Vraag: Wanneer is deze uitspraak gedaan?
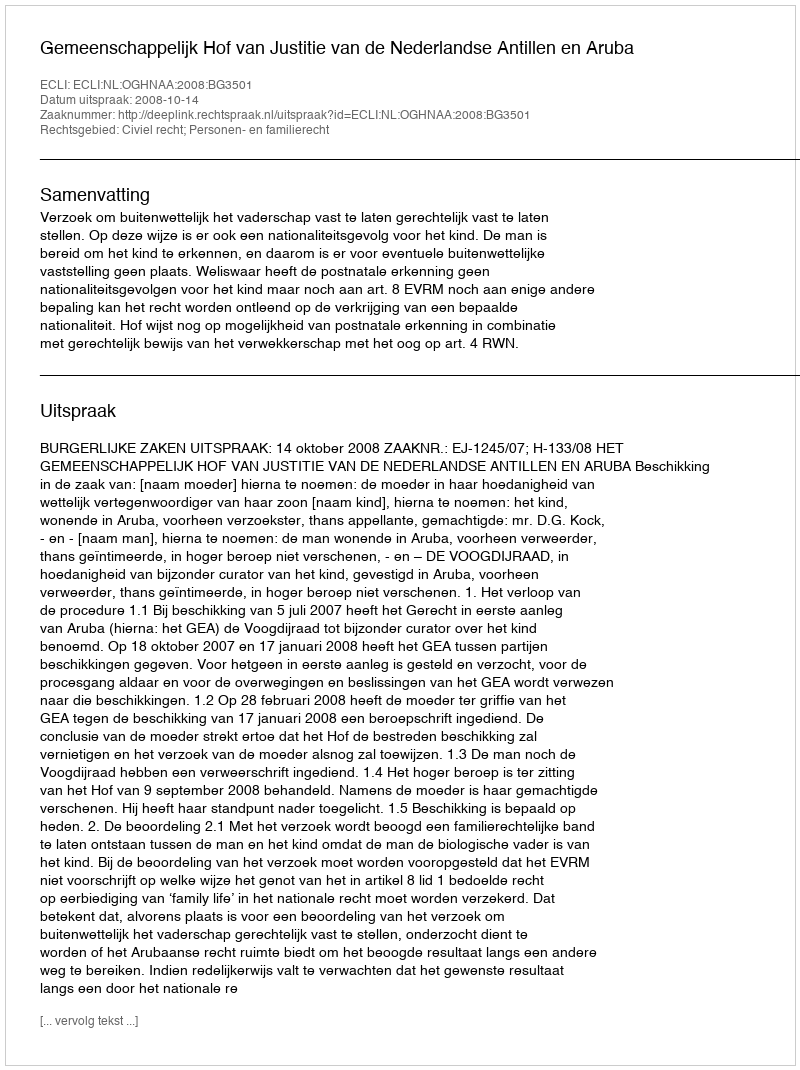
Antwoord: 2008-10-14